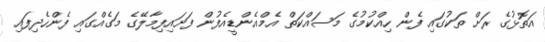
އަތޮޅުގެ ރަށް ތަކުގައި ފެން ހިއްކުމުގެ މަސައްކަތް އެމްއެންޑީއެފުން ފަށައިފިމާލޭގެ މަގެއްގައި ފެންހެދިފައި